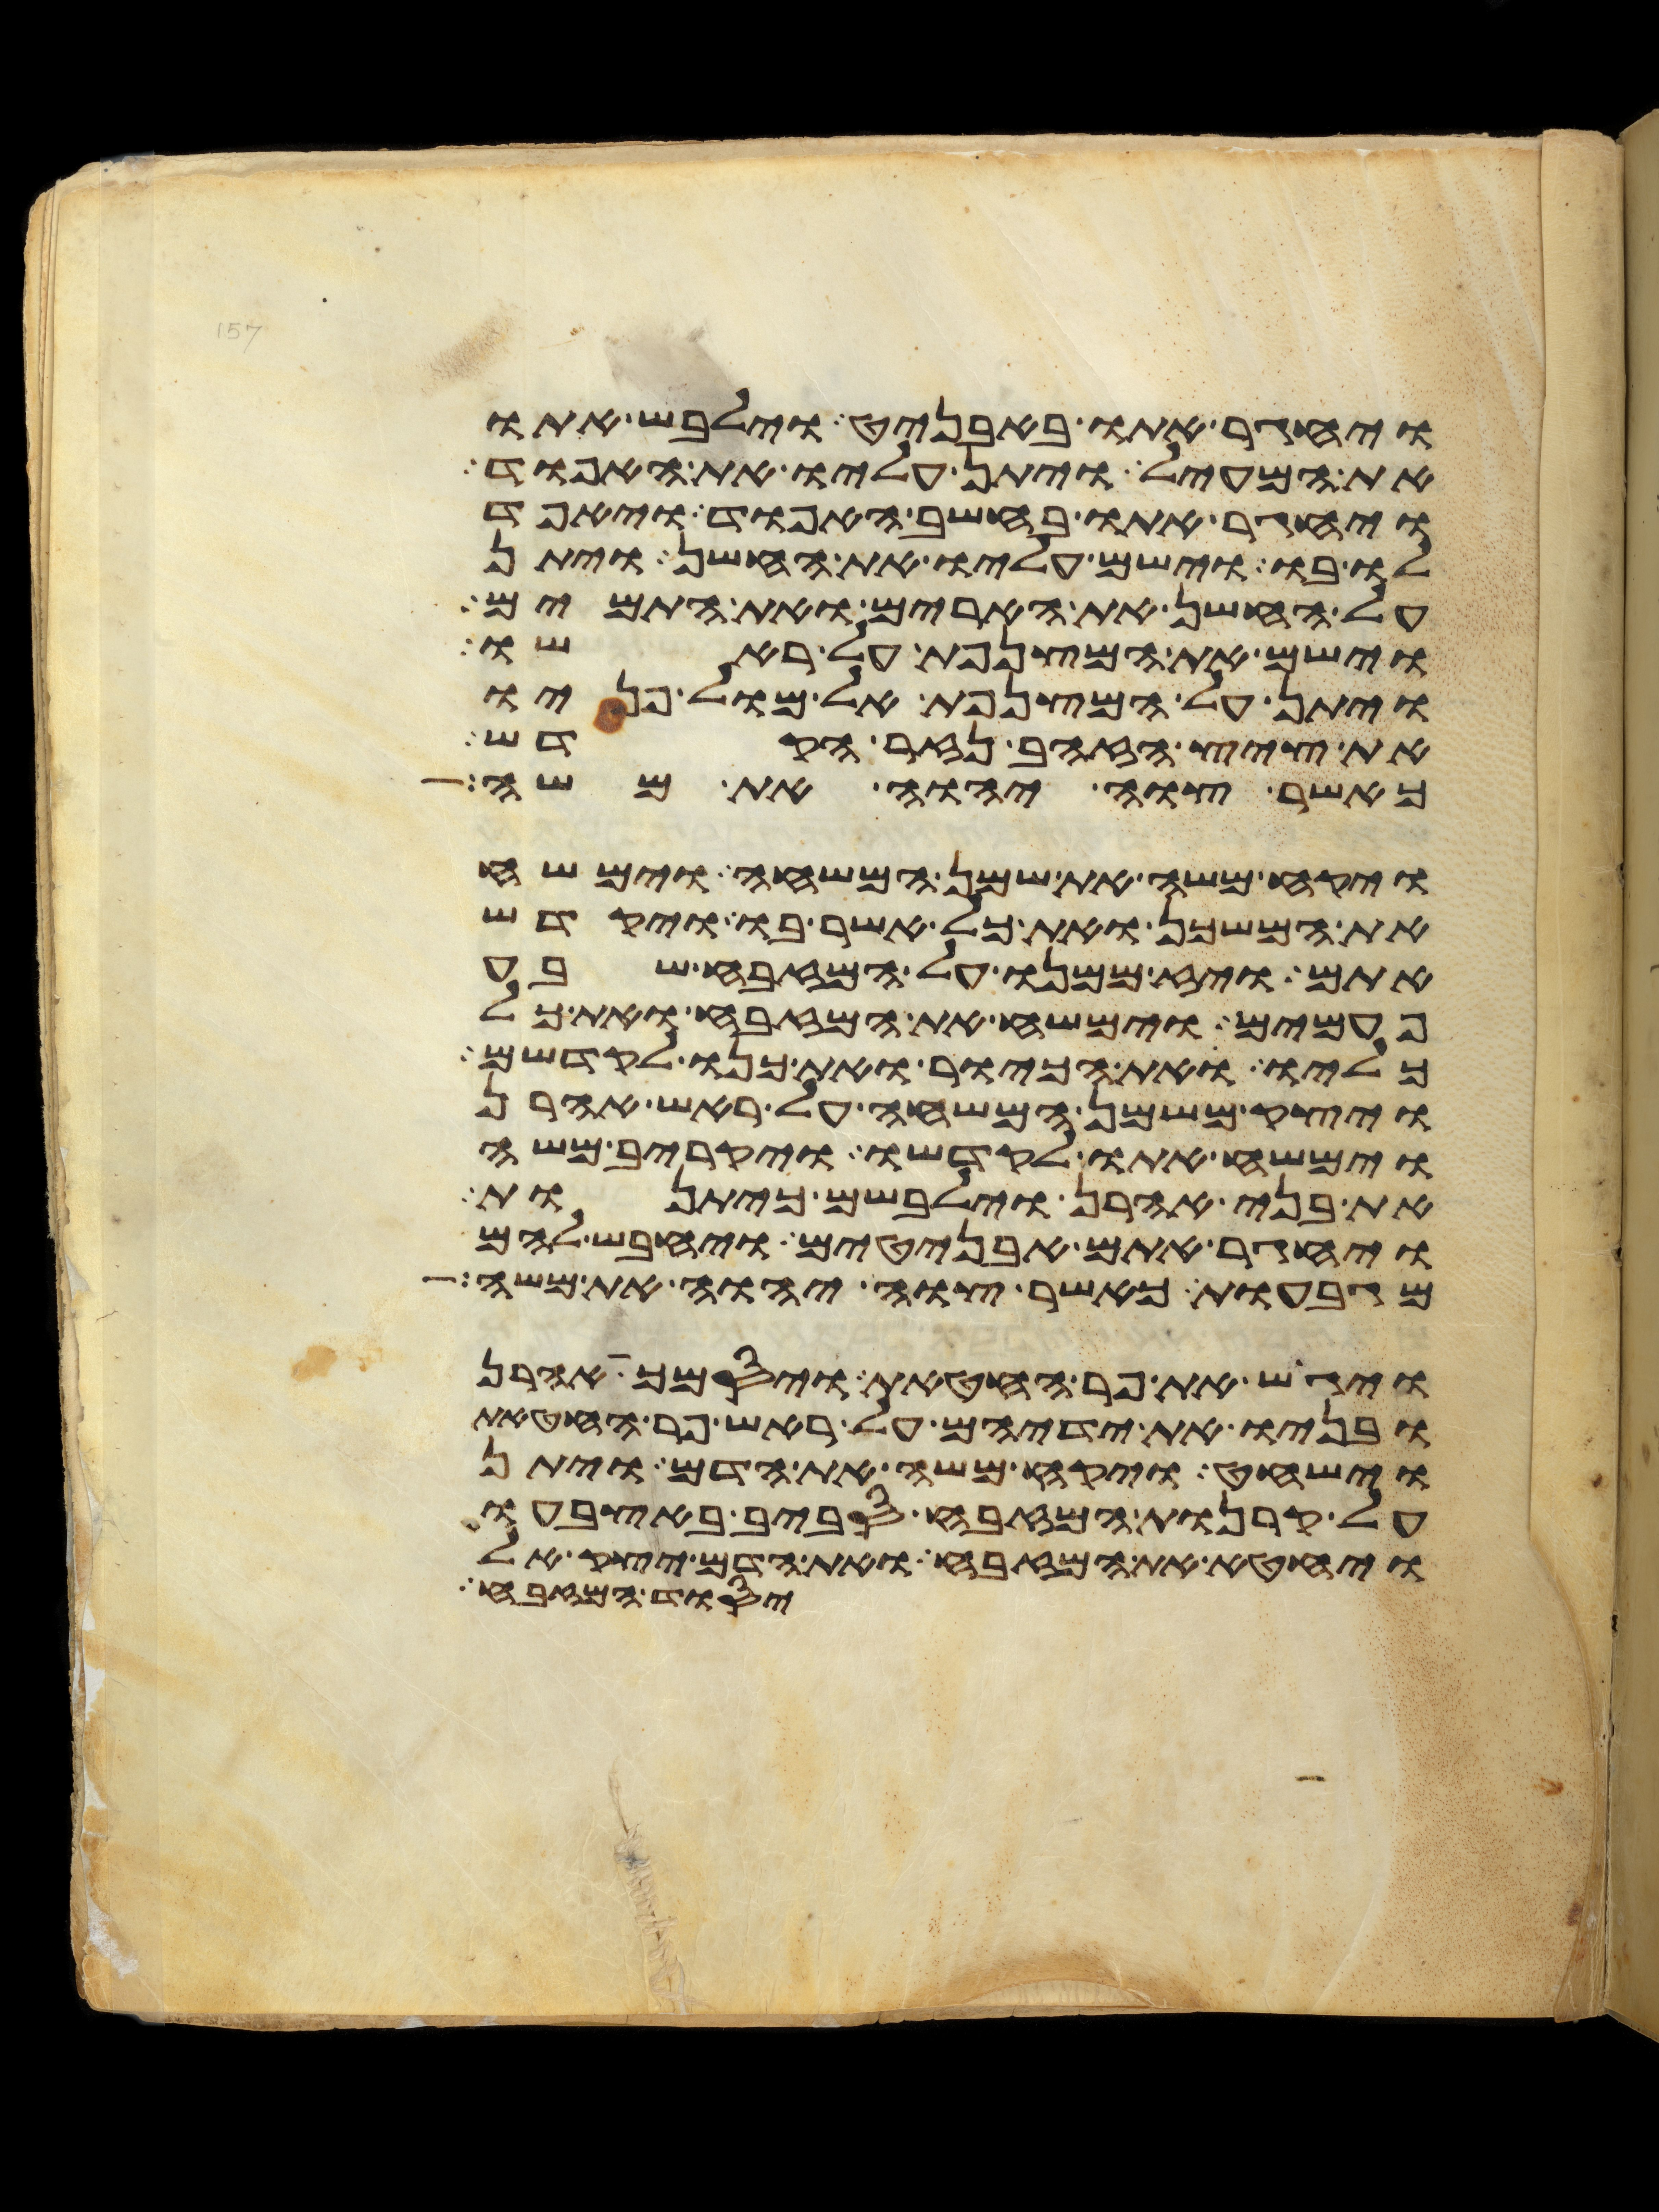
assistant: ויחגר אתו באבניט וילבש אתו
את המעיל ויתן עליו את האפוד
ויחגר אתו בחשב האפוד ויאפד
לו בו וישם עליו את החשן ויתן
על החשן את הארים ואת התמים
וישם את המצנפת על ראשו
ויתן על המצנפת אל מול פניו
את ציץ הזהב נזר הקדש
כאשר צוה יהוה את משה
ויקח משה את שמן המשחה וימשח
את המשכן ואת כל אשר בו ויקדש
אתם ויז ממנו על המזבח שבע
פעמים וימשח את המזבח ואת כל
כליו ואת הכיור ואת כנו לקדשם
ויצק משמן המשחה על ראש אהרן
וימשח אתו לקדשו ויקריב משה
את בני אהרן וילבשם כיתנות
ויחגר אתם אבניטים ויחבש להם
מגבעות כאשר צוה יהוה את משה
ויגש את פר החטאת ויסמך אהרן
ובניו את ידיהם על ראש פר החטאת
וישחט ויקח משה את הדם ויתן
על קרנות המזבח סביב באצבעו
ויחטא את המזבח ואת הדם יצק אל
יסוד המזבח